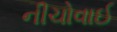
નીચોવાઈ